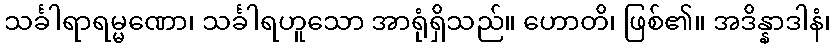
သင်္ခါရာရမ္မဏော၊ သင်္ခါရဟူသော အာရုံရှိသည်။ ဟောတိ၊ ဖြစ်၏။ အဒိန္နာဒါနံ၊